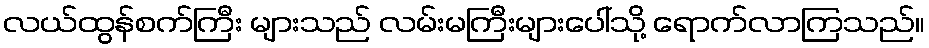
လယ်ထွန်စက်ကြီး များသည် လမ်းမကြီးများပေါ်သို့ ရောက်လာကြသည်။